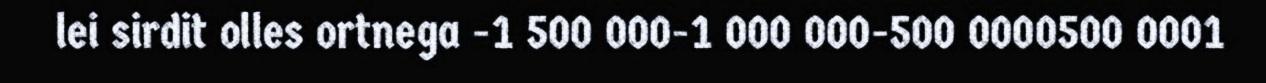
lei sirdit olles ortnega -1 500 000-1 000 000-500 0000500 0001